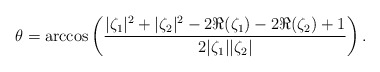
\begin{align*}\theta=\arccos\left(\frac{|\zeta_1|^2+|\zeta_2|^2-2\Re(\zeta_1)-2\Re(\zeta_2)+1}{2|\zeta_1||\zeta_2|}\right).\end{align*}